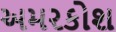
અમરકોશ